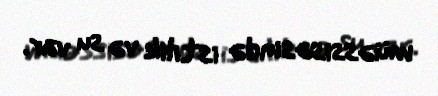
müəssisəsində istilik və su var.